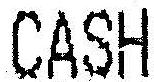
CASH